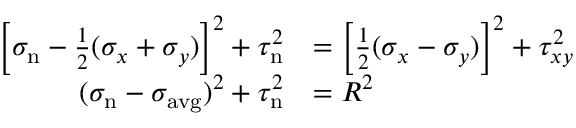
{ \begin{array} { r l } { \left[ \sigma _ { \mathrm { n } } - { \frac { 1 } { 2 } } ( \sigma _ { x } + \sigma _ { y } ) \right] ^ { 2 } + \tau _ { \mathrm { n } } ^ { 2 } } & { = \left[ { \frac { 1 } { 2 } } ( \sigma _ { x } - \sigma _ { y } ) \right] ^ { 2 } + \tau _ { x y } ^ { 2 } } \\ { ( \sigma _ { \mathrm { n } } - \sigma _ { \mathrm { a v g } } ) ^ { 2 } + \tau _ { \mathrm { n } } ^ { 2 } } & { = R ^ { 2 } } \end{array} }